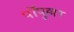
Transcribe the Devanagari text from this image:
पॉपुल्लर